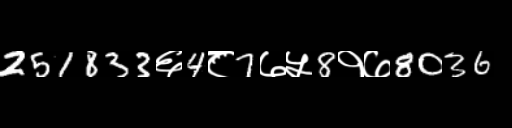
Text: 251833६4८7७५8१७8036